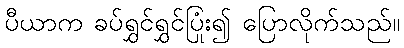
ပီယာက ခပ်ရွှင်ရွှင်ပြုံး၍ ပြောလိုက်သည်။